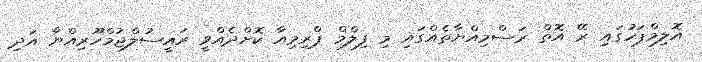
އޮލިމްޕަހުގައި ރޭ އޮތް ރަސްމިއްޔާތެއްގައި މި ފިލްމް ޕްރިމިއާ ކޮށްދެއްވީ ރައީސުލްޖުމްހޫރިއްޔާ އަދި